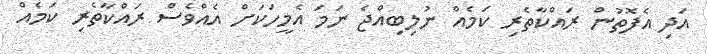
އަދި އެފޮތުން ރައްކާތެރި ކަމެއް ނުލިބިއްޖެ ނަމަ އެމީހަކަށް އެއްވެސް ރައްކާތެރި ކަމެއް